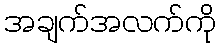
အချက်အလက်ကို